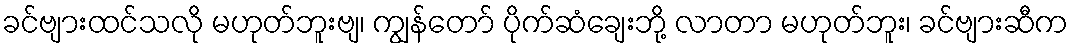
ခင်ဗျားထင်သလို မဟုတ်ဘူးဗျ၊ ကျွန်တော် ပိုက်ဆံချေးဘို့ လာတာ မဟုတ်ဘူး၊ ခင်ဗျားဆီက